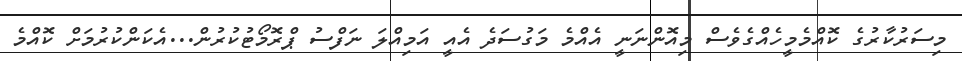
މިސަރުކާރުގެ ކޮއްމެމީހެއްގެވެސް މިއޮންނަނީ އެއްމެ މަގުސަދެ އެއީ އަމިއްލަ ނަފްސު ޕްރޮމޯޓުކުރުން...އެކަންކުރުމަށް ކޮއްމެ